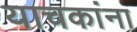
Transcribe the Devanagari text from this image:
याचकांना